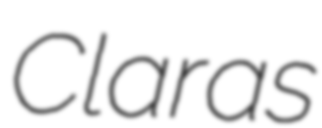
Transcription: Claras